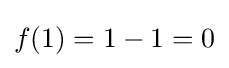
f(1)=1-1=0